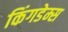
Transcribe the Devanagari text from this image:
किंगडेम्स